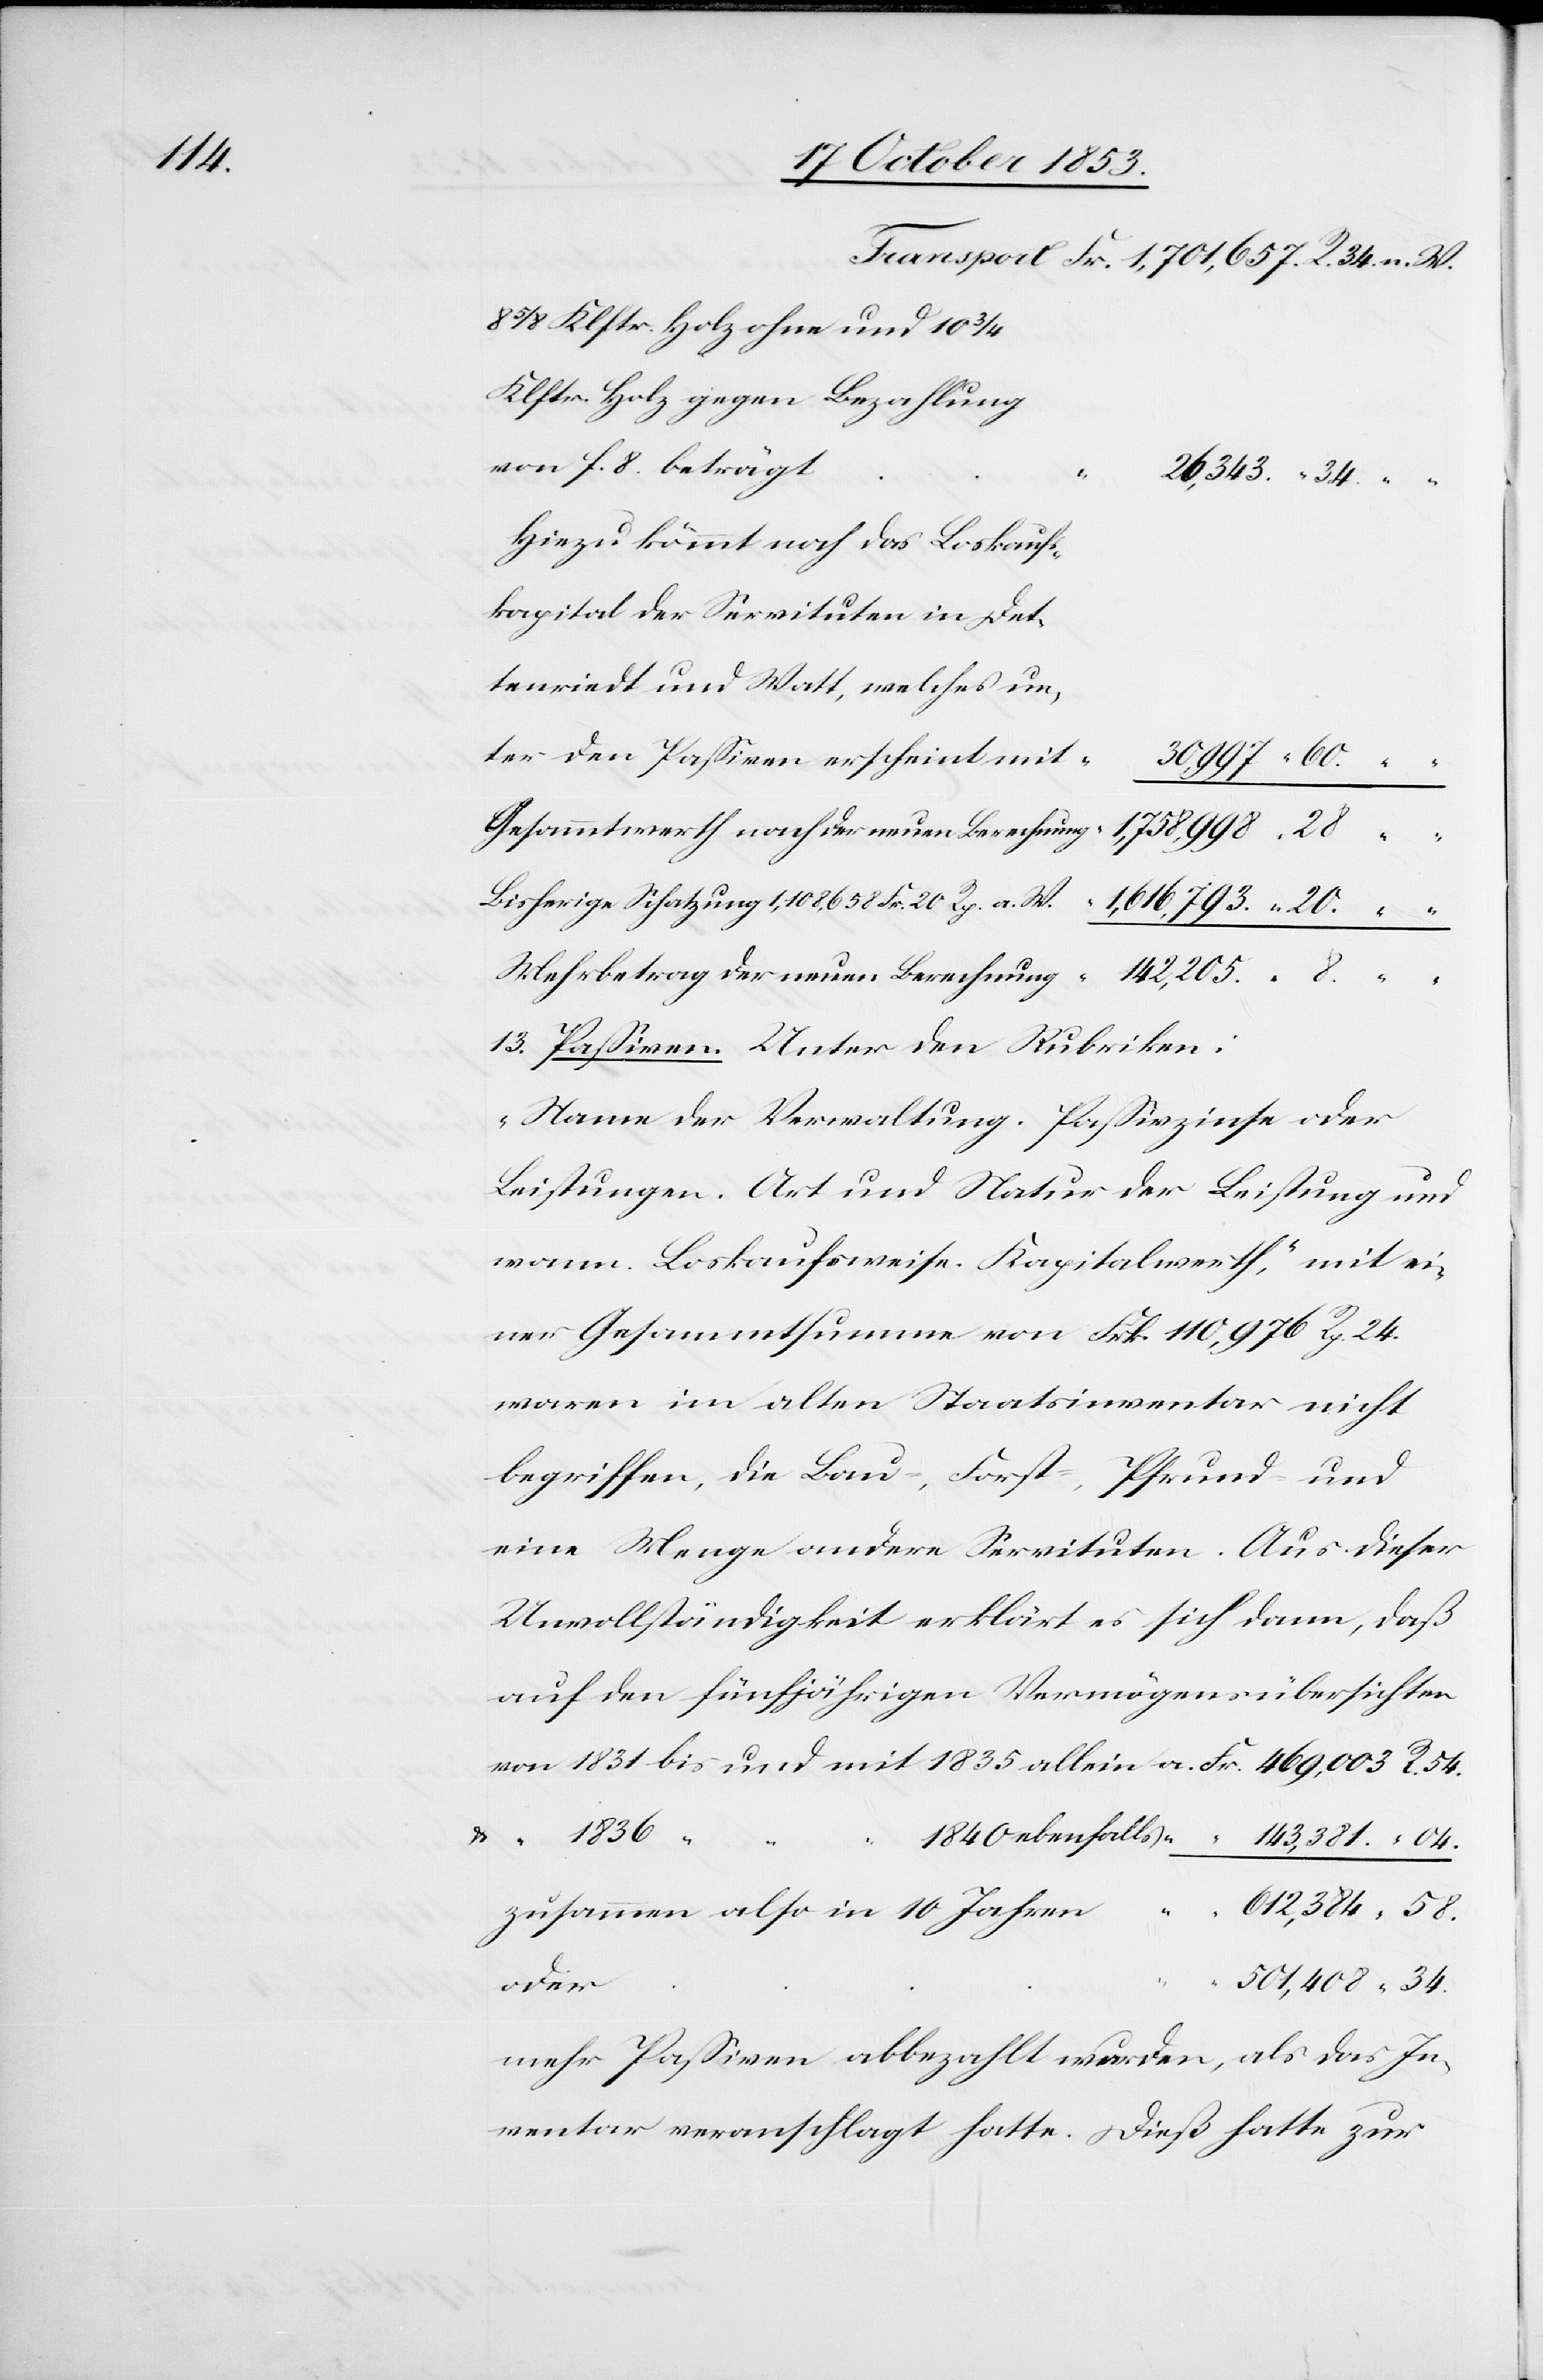
34.

8 5/8 Klftr. Holz ohne und 10 3/4
Hiezu kömmt noch das Loskaufs¬
kapital der Servituten in
Dettenriedt und Watt, welches un¬
ter den Paßiven erscheint
Gesammtwerth nach der neuen Berechnung					“	1,758,998.
Bisherige Schatzung 1,108,658 Fr. 20 Rp. a. W. 				“	1,616,793. “	20. “
Mehrbetrag der neuen Berechnung					“
13. Paßiven. Unter den Rubriken:
„Name der Verwaltung. Paßivzinse oder
Leistungen. Art und Natur der Leistung und
wann. Loskaufsweise. Kapitalwerth“, mit ei¬
ner Gesammtsumme von Frk. 110,976. Rp. 24.
Waren im alten Staatsinventar nicht
begriffen, die Bau-, Forst-, Pfrund- und
eine Menge anderer Servituten. Aus dieser
Unvollständigkeit erklärt es sich dann, daß
auf den fünfjährigen Vermögensübersichten
von 1831 bis und mit 1835 allein 		a. Fr. 469,003 R. 54.
“	1840 ebenfalls	“	143,381 “ 04.
mehr Paßiven abbezahlt wurden, als das In¬
ventar veranschlagt hatte. Dieß hatte zur